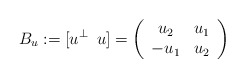
\begin{align*}B_u:=[u\sp\bot\, \, \, u]=\left( \begin{array}{cc} u_2 & u_1 \\ -u_1 & u_2 \\ \end{array} \right)\end{align*}